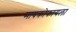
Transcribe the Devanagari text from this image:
मायक्रोफायला